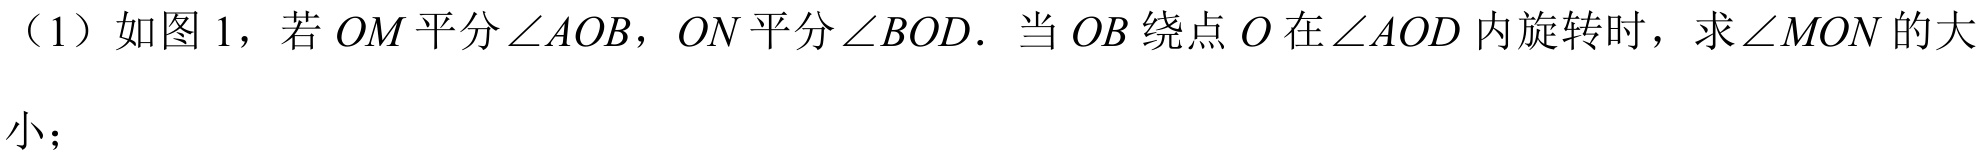
（1）如图 1，若 \(OM\) 平分 \(\angle AOB\)，\(ON\) 平分 \(\angle BOD\)．当 \(OB\) 绕点 \(O\) 在 \(\angle AOD\) 内旋转时，求 \(\angle MON\) 的大
小；